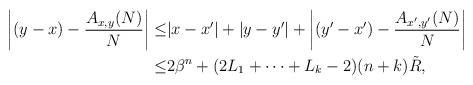
LaTeX: \begin{align*} \left|(y-x)-\frac{A_{x,y}(N)}N\right|\leq & |x-x'|+|y-y'|+\left|(y'-x')-\frac{A_{x',y'}(N)}N\right|\\\leq & 2\beta^n+(2L_1+\dots+L_k-2)(n+k)\tilde R,\end{align*}